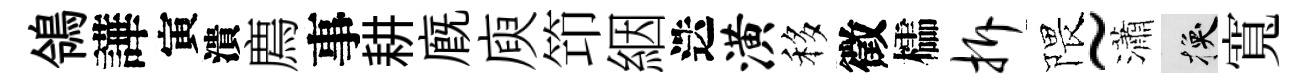
鴒譁寅潰廌事耕廐庾笻絪迭潢移徵櫺拆隈~瀟换寬